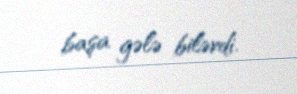
başa gələ bilərdi.